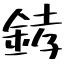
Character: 﨧